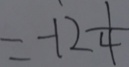
= - 1 2 \frac { 1 } { 4 }